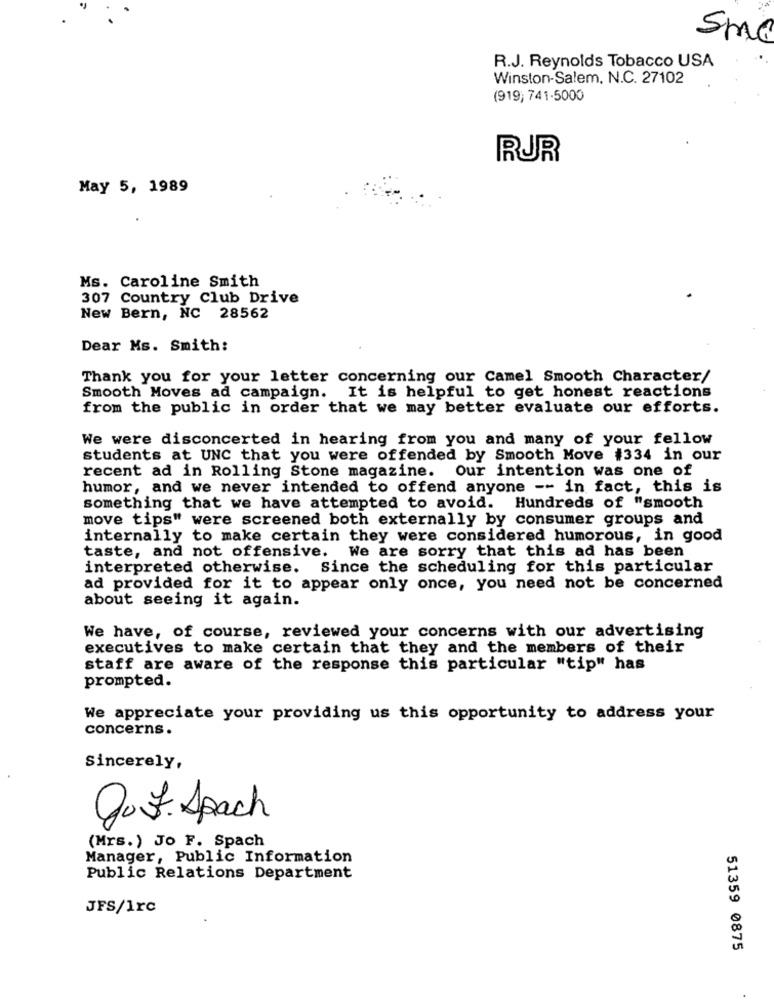
5MG
R.J. Reynolds Tobacco USA
Winston-Salem, N.C. 27102
(919) 741-5000
RUR
May 5, 1989
Ms. Caroline Smith
307 Country Club Drive
New Bern, NC 28562
Dear Ms. Smith:
Thank you for your letter concerning our Camel Smooth Character/
Smooth Moves ad campaign. It is helpful to get honest reactions
from the public in order that we may better evaluate our efforts.
We were disconcerted in hearing from you and many of your fellow
students at UNC that you were offended by Smooth Move #334 in our
recent ad in Rolling Stone magazine. Our intention was one of
humor, and we never intended to offend anyone -- in fact, this is
something that we have attempted to avoid. Hundreds of "smooth
move tips" were screened both externally by consumer groups and
internally to make certain they were considered humorous, in good
taste, and not offensive. We are sorry that this ad has been
interpreted otherwise. Since the scheduling for this particular
ad provided for it to appear only once, you need not be concerned
about seeing it again.
We have, of course, reviewed your concerns with our advertising
executives to make certain that they and the members of their
staff are aware of the response this particular "tip" has
prompted.
We appreciate your providing us this opportunity to address your
concerns.
Sincerely,
Do f. Spach
(Mrs.) Jo F. Spach
Manager, Public Information
Public Relations Department
JFS/1rc
51359 0875